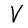
Character: V